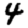
Digit: 4